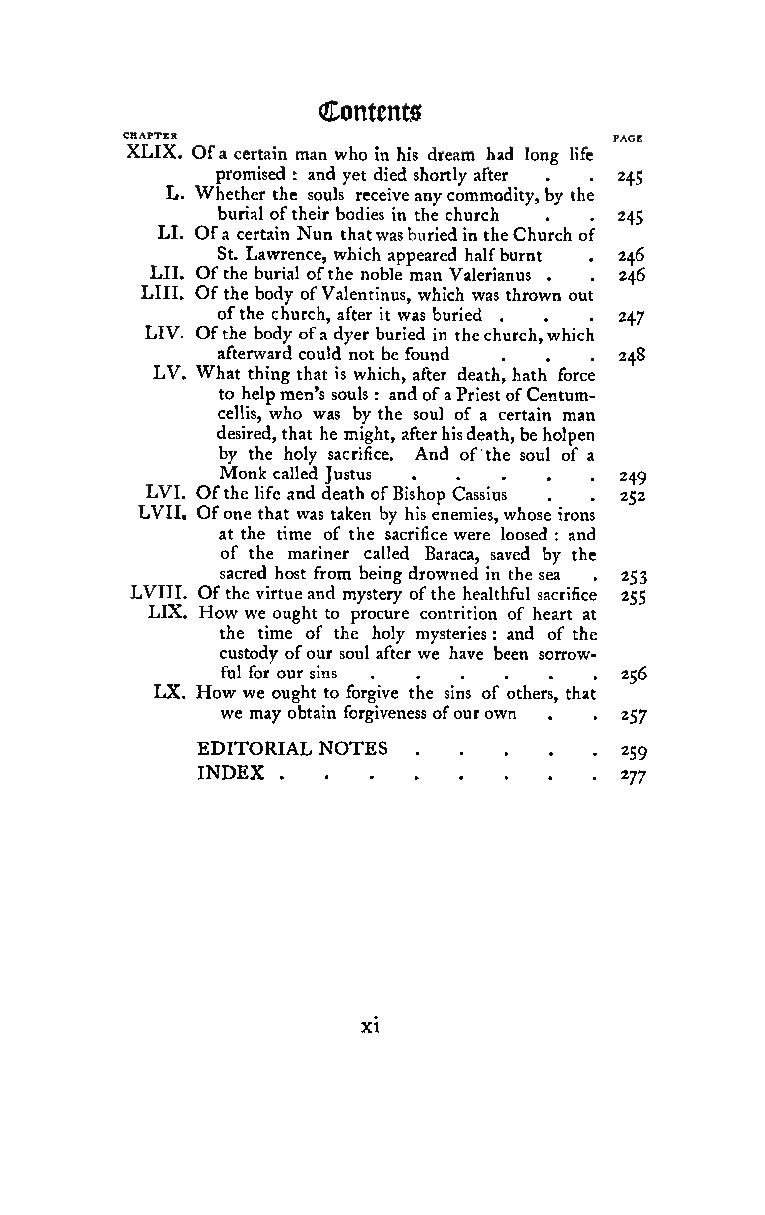
Contents
 CHAPTER                          PAGE
 XLIX. Ofa certain man who in his dream had long life
 promised : and yet died shortly after . . 245
 L. Whether the souls receiveanycommodity,by the
 burial oftheir bodies in the church . . 245
 LI. Ofa certain Nun thatwasburiedin theChurch of
 St. Lawrence, which appeared halfburnt . 246
 LII. Ofthe burial ofthe noble man Valerianus 246
 .  .
 LIIL Ofthe body ofValentinus, which was thrown out
 ofthe church, after it was buried . . . 247
 LIV. Ofthe body ofa dyer buried in thechurch,which
 afterward could not be found 248
 .  .  .
 LV. What thing that is which, after death, hath force
 to helpmen's souls : andofaPriestofCentum-
 cellis, who was by the soul of a certain man
 desired,that he might, af.terhi.sdea.th,b.eho.lpen
 by the holy sacrifice. And of the soul of a
 Monk
 called Justus          249
 LVI. Ofthe life and death ofBishop Cassius . . 252
 LVn, Ofone that was taken by his enemies,whose irons
 at the time of the sacrifice were loosed : and
 of the mariner called Baraca, saved by the
 sacred host from being drowned in the sea . 253
 LVIII. Ofthe virtue and mystery ofthe healthful sacrifice 255
 LIX. How we ought to procure contrition of heart at
 the time of the .holy.myst.eries.an.d of.the
 :
 custody ofour soul after we have been sorrow-
 ful for our sins          256
 LX. How we ought to forgive the sins of others, that
 we may obtain forgiveness ofourown . .257
 EDITORIAL NOTES
 259
 INDEX
 277
 XI